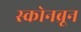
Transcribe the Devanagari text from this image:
स्कोनब्रून